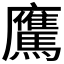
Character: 𩦵